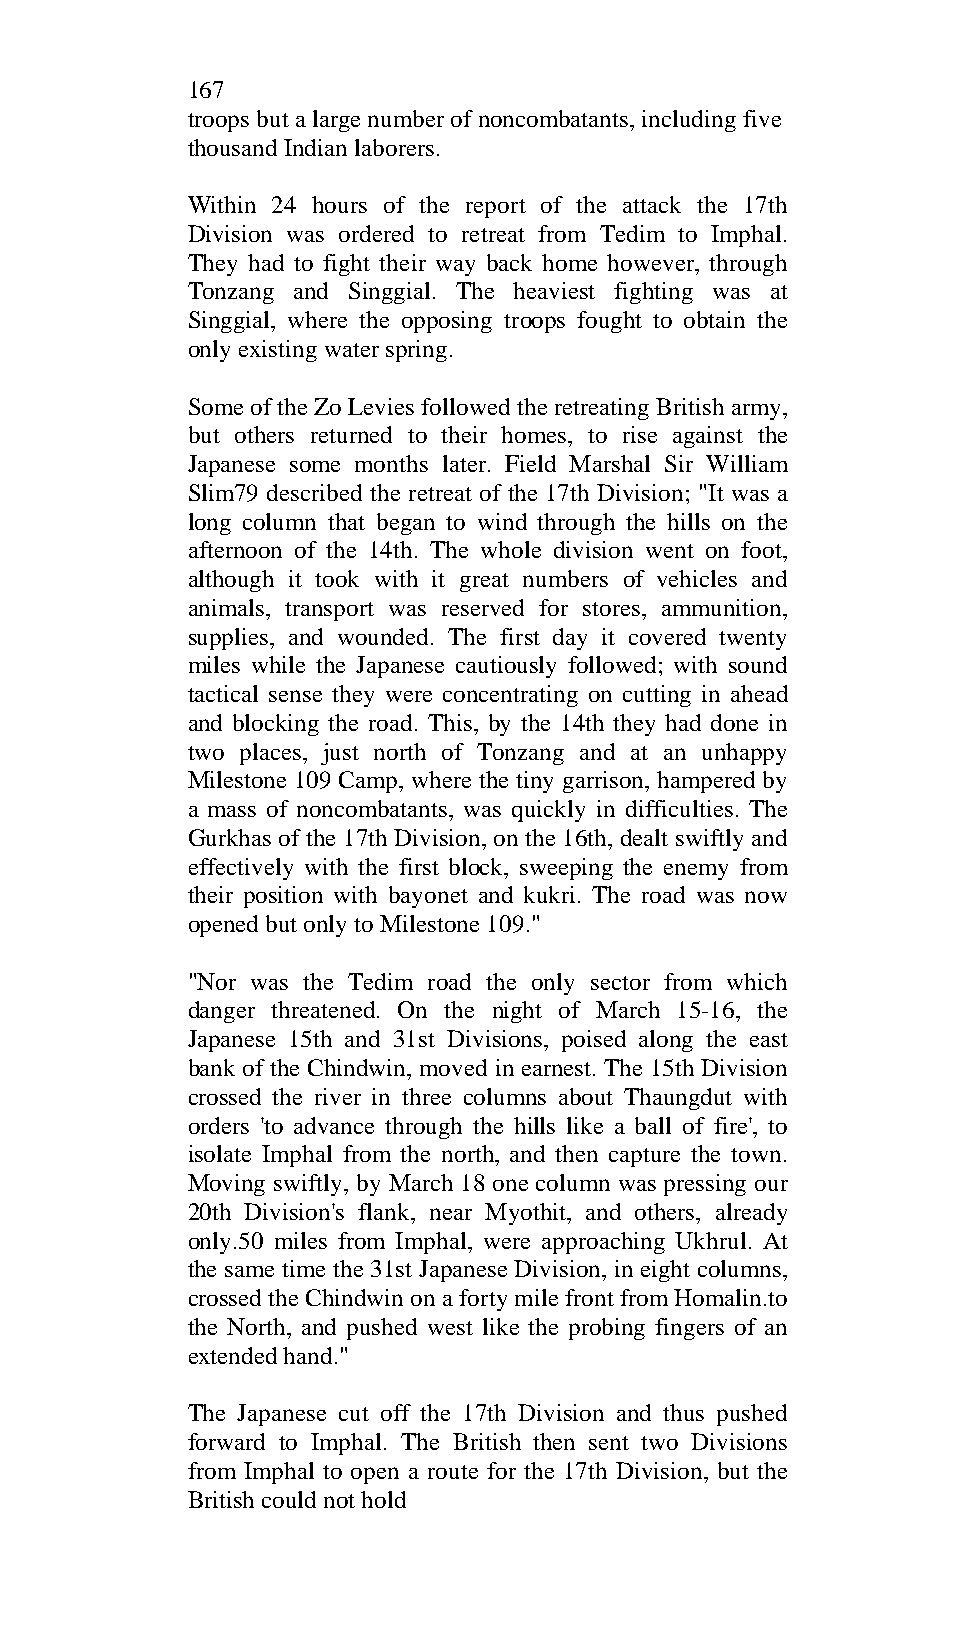
167
 troops but a large number of noncombatants, including five
 thousand Indian laborers.
 Within 24 hours of the report of the attack the 17th
 Division was ordered to retreat from Tedim to Imphal.
 They had to fight their way back home however, through
 Tonzang and Singgial. The heaviest fighting was at
 Singgial, where the opposing troops fought to obtain the
 only existing water spring.
 Some of the Zo Levies followed the retreating British army,
 but others returned to their homes, to rise against the
 Japanese some months later. Field Marshal Sir William
 Slim79 described the retreat of the 17th Division; "It was a
 long column that began to wind through the hills on the
 afternoon of the 14th. The whole division went on foot,
 although it took with it great numbers of vehicles and
 animals, transport was reserved for stores, ammunition,
 supplies, and wounded. The first day it covered twenty
 miles while the Japanese cautiously followed; with sound
 tactical sense they were concentrating on cutting in ahead
 and blocking the road. This, by the 14th they had done in
 two places, just north of Tonzang and at an unhappy
 Milestone 109 Camp, where the tiny garrison, hampered by
 a mass of noncombatants, was quickly in difficulties. The
 Gurkhas of the 17th Division, on the 16th, dealt swiftly and
 effectively with the first block, sweeping the enemy from
 their position with bayonet and kukri. The road was now
 opened but only to Milestone 109."
 "Nor was the Tedim road the only sector from which
 danger threatened. On the night of March 15-16, the
 Japanese 15th and 31st Divisions, poised along the east
 bank of the Chindwin, moved in earnest. The 15th Division
 crossed the river in three columns about Thaungdut with
 orders 'to advance through the hills like a ball of fire', to
 isolate Imphal from the north, and then capture the town.
 Moving swiftly, by March 18 one column was pressing our
 20th Division's flank, near Myothit, and others, already
 only.50 miles from Imphal, were approaching Ukhrul. At
 the same time the 31st Japanese Division, in eight columns,
 crossed the Chindwin on a forty mile front from Homalin.to
 the North, and pushed west like the probing fingers of an
 extended hand."
 The Japanese cut off the 17th Division and thus pushed
 forward to Imphal. The British then sent two Divisions
 from Imphal to open a route for the 17th Division, but the
 British could not hold